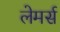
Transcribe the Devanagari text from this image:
लेमर्स